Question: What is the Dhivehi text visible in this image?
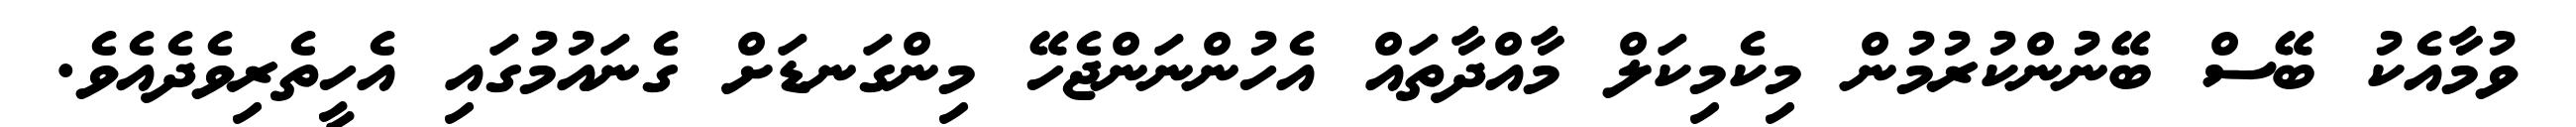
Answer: ވުމާއެކު ބޭސް ބޭނުންކުރުމުން މިކެމިކަލް މާއްދާތައް އެހުންނަންޖެހޭ މިންގަނޑަށް ގެނައުމުގައި އެހީތެރިވެދެއެވެ.